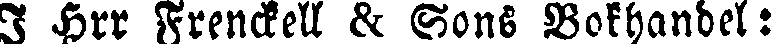
I Hrr Frenckell & Sons Bokhandel: